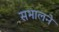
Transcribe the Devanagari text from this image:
सभालने